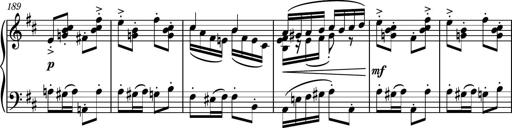
Title: Piano Sonatina No.6
Composer: Dimitri Sykias
Key: A major